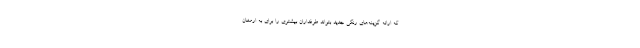
که ارائه گزینه‌های رنگی جدید بتواند طرفداران بیشتری را برای به ارمغان